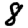
Digit: 8